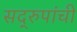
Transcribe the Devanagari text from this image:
सद्‌रुपांची